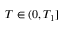
T \in ( 0 , T _ { 1 } ]